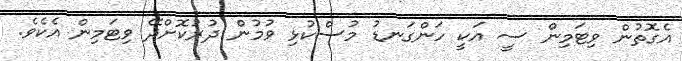
އެގޮތުން ވިޓަމިން ސީ އަކީ ހަންގަނޑު މުސްކުޅި ވުމުން ދުރުކޮށްދޭ ވިޓަމިން އެކެވެ.